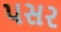
પસર